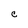
Character: C